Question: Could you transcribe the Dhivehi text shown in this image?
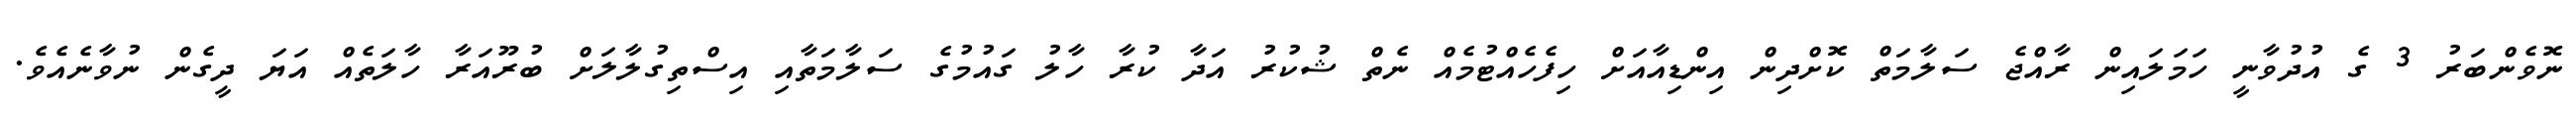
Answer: ނޮވެންބަރު 3 ގެ އުދުވާނީ ހަމަލައިން ރާއްޖެ ސަލާމަތް ކޮށްދިން އިންޑިއާއަށް ހިފެހެއްޓުމެއް ނެތް ޝުކުރު އަދާ ކުރާ ހާލު ގައުމުގެ ސަލާމަތާއި އިސްތިގުލާލަށް ބުރޫއަރާ ހާލަތެއް އަޔަ ދީގެން ނުވާނެއެވެ.